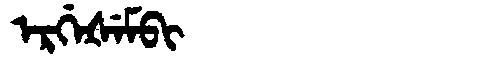
Manchu: ᡝᡵᡤᡝᡧᡝᠮᠪᡳ
Romanization: ERGEŠEMBI